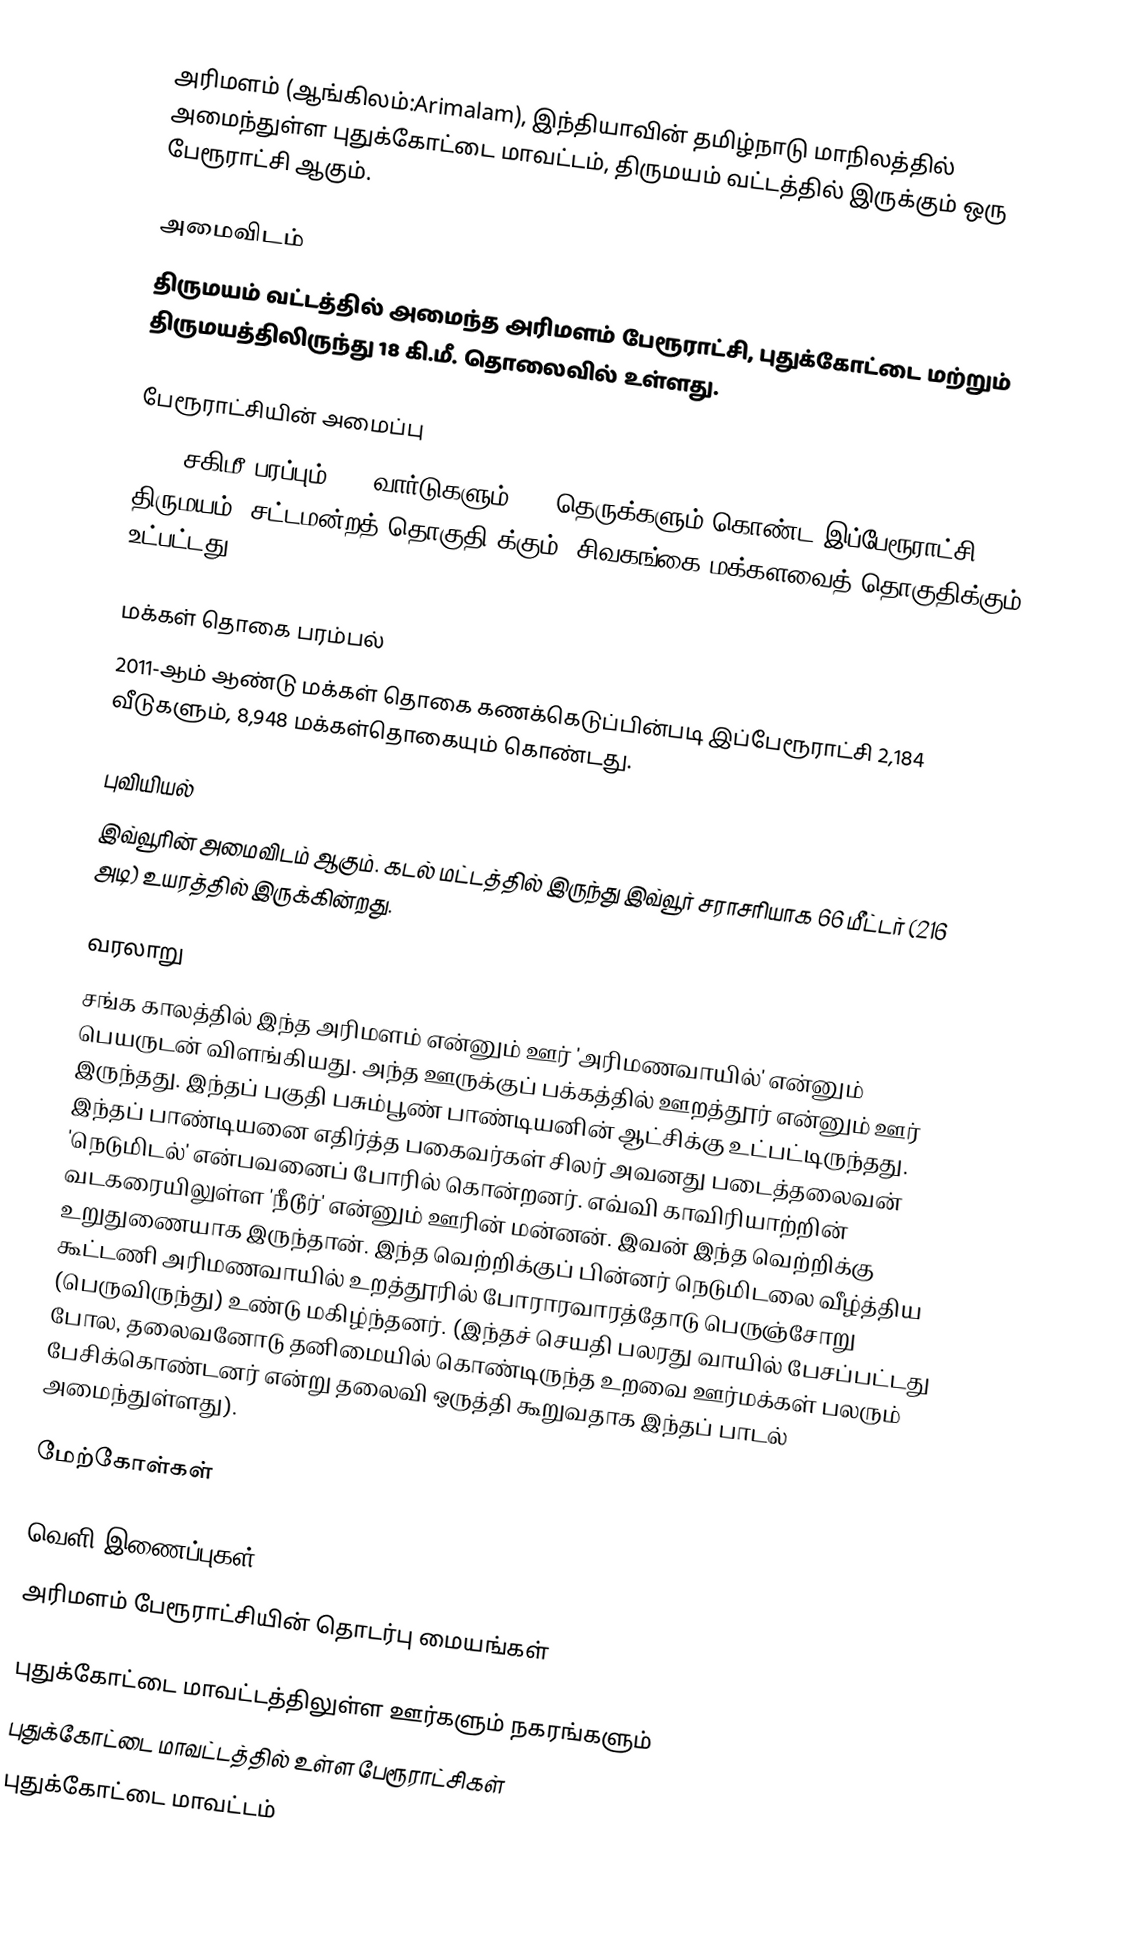
அரிமளம் (ஆங்கிலம்:Arimalam), இந்தியாவின் தமிழ்நாடு மாநிலத்தில் அமைந்துள்ள புதுக்கோட்டை மாவட்டம், திருமயம் வட்டத்தில் இருக்கும் ஒரு பேரூராட்சி ஆகும்.

அமைவிடம்
திருமயம் வட்டத்தில் அமைந்த அரிமளம் பேரூராட்சி, புதுக்கோட்டை மற்றும் திருமயத்திலிருந்து 18 கி.மீ. தொலைவில் உள்ளது.

பேரூராட்சியின் அமைப்பு
9.19 சகிமீ பரப்பும்,  15 வார்டுகளும், 86  தெருக்களும் கொண்ட இப்பேரூராட்சி  திருமயம் (சட்டமன்றத் தொகுதி)க்கும், சிவகங்கை மக்களவைத் தொகுதிக்கும் உட்பட்டது.

மக்கள் தொகை பரம்பல்
2011-ஆம் ஆண்டு மக்கள் தொகை கணக்கெடுப்பின்படி  இப்பேரூராட்சி 2,184 வீடுகளும், 8,948  மக்கள்தொகையும் கொண்டது.

புவியியல்
இவ்வூரின் அமைவிடம்  ஆகும். கடல் மட்டத்தில் இருந்து இவ்வூர் சராசரியாக 66 மீட்டர் (216 அடி) உயரத்தில் இருக்கின்றது.

வரலாறு
சங்க காலத்தில் இந்த அரிமளம் என்னும் ஊர் 'அரிமணவாயில்' என்னும் பெயருடன் விளங்கியது. அந்த ஊருக்குப் பக்கத்தில் ஊறத்தூர் என்னும் ஊர் இருந்தது. இந்தப் பகுதி பசும்பூண் பாண்டியனின் ஆட்சிக்கு உட்பட்டிருந்தது. இந்தப் பாண்டியனை எதிர்த்த பகைவர்கள் சிலர் அவனது படைத்தலைவன் 'நெடுமிடல்' என்பவனைப் போரில் கொன்றனர். எவ்வி காவிரியாற்றின் வடகரையிலுள்ள 'நீடூர்' என்னும் ஊரின் மன்னன். இவன் இந்த வெற்றிக்கு உறுதுணையாக இருந்தான். இந்த வெற்றிக்குப் பின்னர் நெடுமிடலை வீழ்த்திய கூட்டணி அரிமணவாயில் உறத்தூரில் போராரவாரத்தோடு பெருஞ்சோறு (பெருவிருந்து) உண்டு மகிழ்ந்தனர். (இந்தச் செயதி பலரது வாயில் பேசப்பட்டது போல, தலைவனோடு தனிமையில் கொண்டிருந்த உறவை ஊர்மக்கள் பலரும் பேசிக்கொண்டனர் என்று தலைவி ஒருத்தி கூறுவதாக இந்தப் பாடல் அமைந்துள்ளது).

மேற்கோள்கள்

வெளி இணைப்புகள்
 அரிமளம் பேரூராட்சியின் தொடர்பு மையங்கள்

புதுக்கோட்டை மாவட்டத்திலுள்ள ஊர்களும் நகரங்களும்
புதுக்கோட்டை மாவட்டத்தில் உள்ள பேரூராட்சிகள்
புதுக்கோட்டை மாவட்டம்